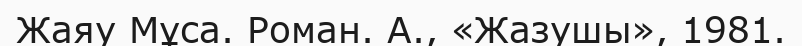
Жаяу Мұса. Роман. А., «Жазушы», 1981.